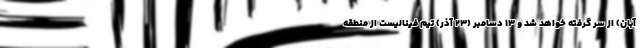
آبان) از سر گرفته خواهد شد و ۱۳ دسامبر (۲۳ آذر) تیم فینالیست از منطقه